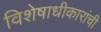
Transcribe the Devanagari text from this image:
विशेषाधीकारांची